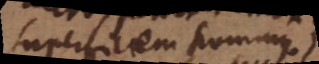
superficiem kommen.)